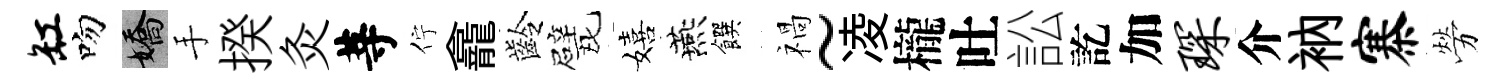
缸吻嬌手揆灸䓁佇龕齡戏嬉燕饌禍~凌櫳吐訟訖加琛介衲寨勞